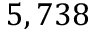
5 , 7 3 8